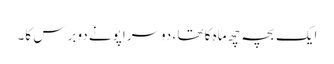
ایک بچہ چھ ماہ کا تھا ، دوسرا پونے دو برس کا۔